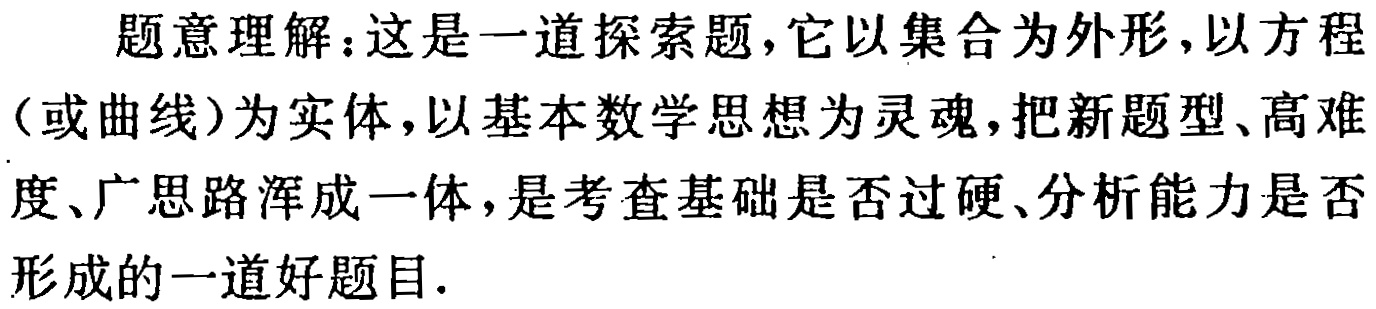
题意理解：这是一道探索题，它以集合为外形，以方程（或曲线）为实体，以基本数学思想为灵魂，把新题型、高难度、广思路浑成一体，是考查基础是否过硬、分析能力是否形成的一道好题目.